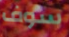
سوف